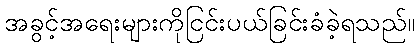
အခွင့်အရေးများကိုငြင်းပယ်ခြင်းခံခဲ့ရသည်။